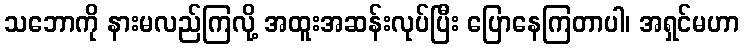
သဘောကို နားမလည်ကြလို့ အထူးအဆန်းလုပ်ပြီး ပြောနေကြတာပါ၊ အရှင်မဟာ